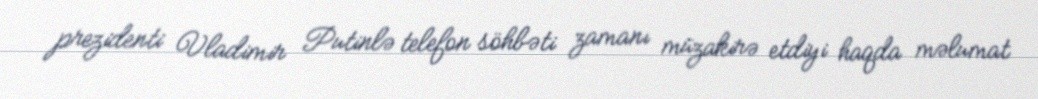
prezidenti Vladimir Putinlə telefon söhbəti zamanı müzakirə etdiyi haqda məlumat